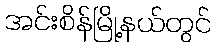
အင်းစိန်မြို့နယ်တွင်